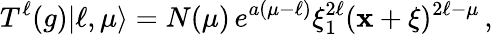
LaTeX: T^{\ell}(g)|\ell,\mu\rangle=N(\mu)\, e^{a(\mu-\ell)}\xi_{1}^{2\ell}(\mathbf{x}+\xi)^{2\ell-\mu}\, ,